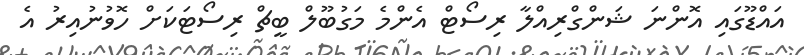
އައްޑޫގައި އޮންނަ ޝަންގްރިއްލާ ރިސޯޓް އެންމެ މަގުބޫލް ބީޗް ރިސޯޓަކަށް ހޮވުނުއިރު އެ